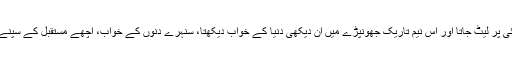
وہ چٹائی پر لیٹ جاتا اور اس نیم تاریک جھونپڑے میں اَن دیکھی دنیا کے خواب دیکھتا، سنہرے دِنوں کے خواب، اچھے مستقبل کے سپنےسجاتا۔